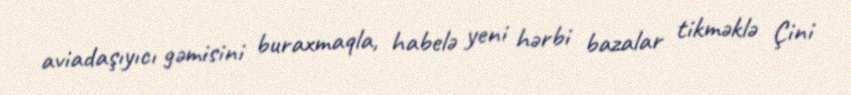
aviadaşıyıcı gəmisini buraxmaqla, habelə yeni hərbi bazalar tikməklə Çini